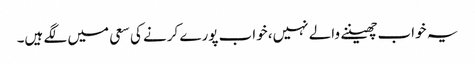
یہ خواب چھیننے والے نہیں، خواب پورے کرنے کی سعی میں لگے ہیں۔